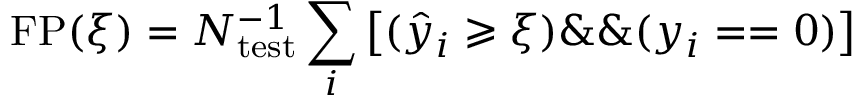
\mathrm { F P } ( \xi ) = N _ { \mathrm { t e s t } } ^ { - 1 } \sum _ { i } \left[ ( \hat { y } _ { i } \geqslant \xi ) \& \& ( y _ { i } = = 0 ) \right]